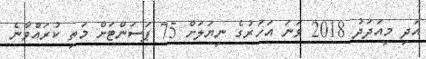
އަދި މިއަދަދު 2018 ވަނަ އަހަރުގެ ނިޔަލަށް 75 ޕަސަންޓަށް މަތި ކުރައްވާނެ